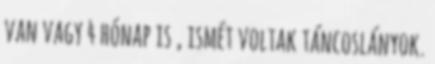
van vagy 4 hónap is , ismét voltak táncoslányok.